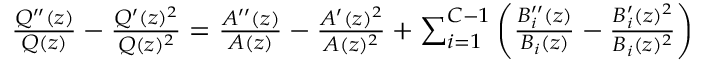
\begin{array} { r } { \frac { Q ^ { \prime \prime } ( z ) } { Q ( z ) } - \frac { Q ^ { \prime } ( z ) ^ { 2 } } { Q ( z ) ^ { 2 } } = \frac { A ^ { \prime \prime } ( z ) } { A ( z ) } - \frac { A ^ { \prime } ( z ) ^ { 2 } } { A ( z ) ^ { 2 } } + \sum _ { i = 1 } ^ { C - 1 } \left( \frac { B _ { i } ^ { \prime \prime } ( z ) } { B _ { i } ( z ) } - \frac { B _ { i } ^ { \prime } ( z ) ^ { 2 } } { B _ { i } ( z ) ^ { 2 } } \right) } \end{array}